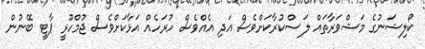
ކޯލިޝަނުގެ މަޝްވަރާތައް ލަސްކުރާކަށްވެސް އަދި އެއްވެސް ހުރަހެއް އަޅާކަށްވެސް ޖުމްހޫރީ ޕާޓީ ބޭނުން